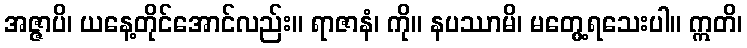
အဇ္ဇာပိ၊ ယနေ့တိုင်အောင်လည်း။ ရာဇာနံ၊ ကို။ နပဿာမိ၊ မတွေ့ရသေးပါ။ ဣတိ၊